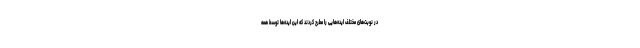
در نوبت‌های مختلف ایده‌هایی را مطرح کردند که این ایده‌ها توسط همه